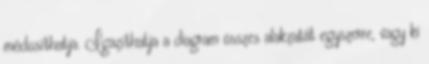
módosíthatja. Igazíthatja a diagram összes alakzatát egyszerre, vagy ki